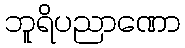
ဘူရိပညာဏော